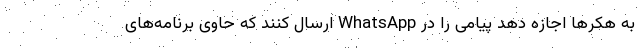
به هکر‌ها اجازه دهد پیامی را در WhatsApp ارسال کنند که حاوی برنامه‌های